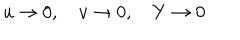
LaTeX: u \rightarrow 0 , \quad v \rightarrow 0 , \quad Y \rightarrow 0